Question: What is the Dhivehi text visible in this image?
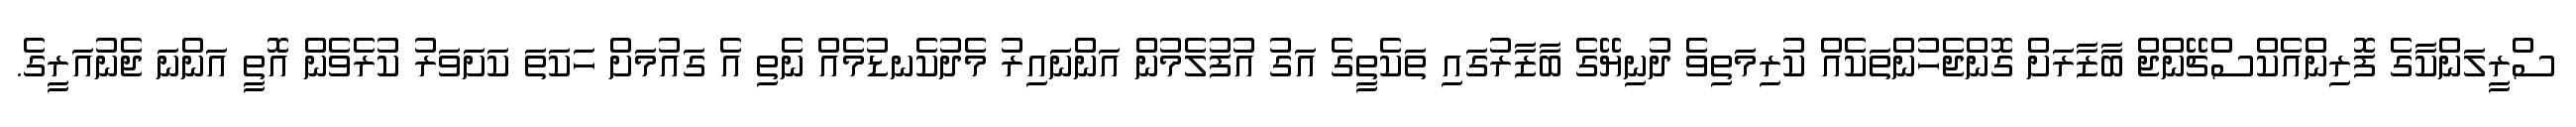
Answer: ސްރީލަންކާގެ ފޮރިންއެކްސްޗޭންޖް ބާޒާރަށް ގޮންޖެހުންތަކެއް ކުރިމަތިވެ ދުނިޔޭގެ ބާޒާރުގައި ތަކެތީގެ އަގު އުފުލެމުން އަންނައިރު މެދުކެނޑުމެއް ނެތި އެ ގައުމަށް ހަކަތަ ކަށަވަރު ކުރެވެން އޮތީ އަންނަ ޖެނުއަރީގެ.